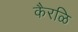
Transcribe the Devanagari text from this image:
कैरळि